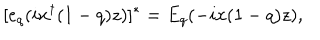
[ e _ { q } ( i x ^ { \dagger } ( 1 - q ) z ) ] ^ { * } = E _ { q } ( - i x ( 1 - q ) z ) ,